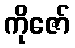
ကိုဇော်